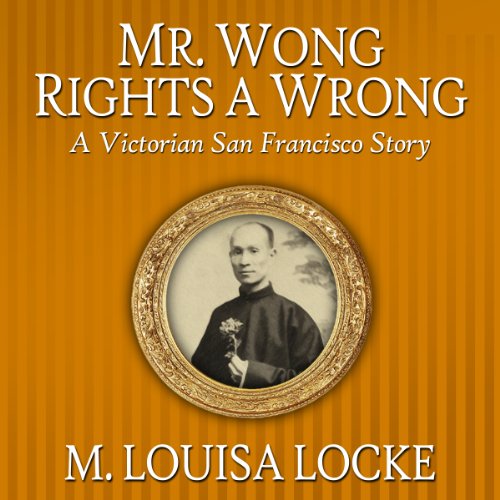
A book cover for Mr. Wong Rights a Wrong: A Victorian San Francisco Story; M. Louisa Locke; Literature & Fiction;